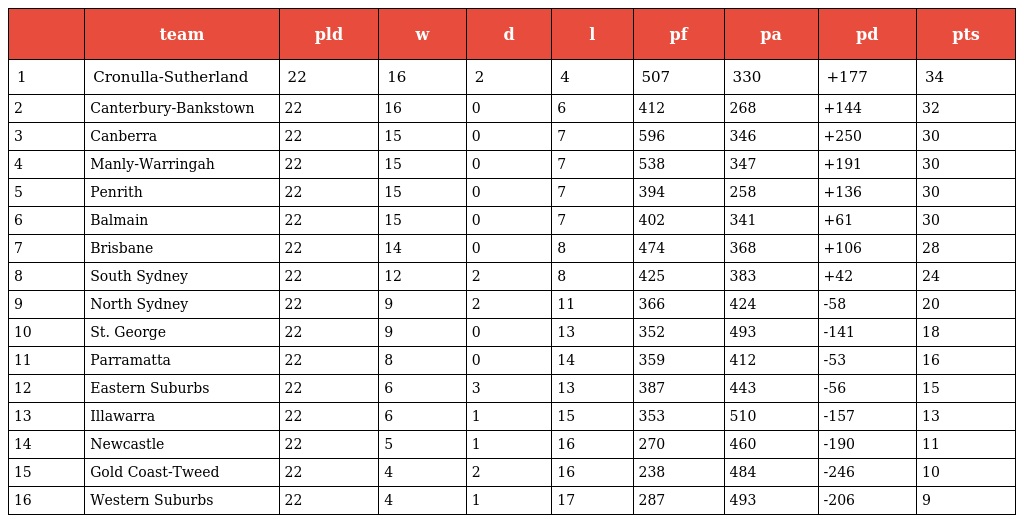
|  | team | pld | w | d | l | pf | pa | pd | pts |
 | --- | --- | --- | --- | --- | --- | --- | --- | --- | --- |
 | 1 | Cronulla-Sutherland | 22 | 16 | 2 | 4 | 507 | 330 | +177 | 34 |
 | 2 | Canterbury-Bankstown | 22 | 16 | 0 | 6 | 412 | 268 | +144 | 32 |
 | 3 | Canberra | 22 | 15 | 0 | 7 | 596 | 346 | +250 | 30 |
 | 4 | Manly-Warringah | 22 | 15 | 0 | 7 | 538 | 347 | +191 | 30 |
 | 5 | Penrith | 22 | 15 | 0 | 7 | 394 | 258 | +136 | 30 |
 | 6 | Balmain | 22 | 15 | 0 | 7 | 402 | 341 | +61 | 30 |
 | 7 | Brisbane | 22 | 14 | 0 | 8 | 474 | 368 | +106 | 28 |
 | 8 | South Sydney | 22 | 12 | 2 | 8 | 425 | 383 | +42 | 24 |
 | 9 | North Sydney | 22 | 9 | 2 | 11 | 366 | 424 | -58 | 20 |
 | 10 | St. George | 22 | 9 | 0 | 13 | 352 | 493 | -141 | 18 |
 | 11 | Parramatta | 22 | 8 | 0 | 14 | 359 | 412 | -53 | 16 |
 | 12 | Eastern Suburbs | 22 | 6 | 3 | 13 | 387 | 443 | -56 | 15 |
 | 13 | Illawarra | 22 | 6 | 1 | 15 | 353 | 510 | -157 | 13 |
 | 14 | Newcastle | 22 | 5 | 1 | 16 | 270 | 460 | -190 | 11 |
 | 15 | Gold Coast-Tweed | 22 | 4 | 2 | 16 | 238 | 484 | -246 | 10 |
 | 16 | Western Suburbs | 22 | 4 | 1 | 17 | 287 | 493 | -206 | 9 |